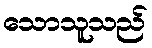
သောသူသည်